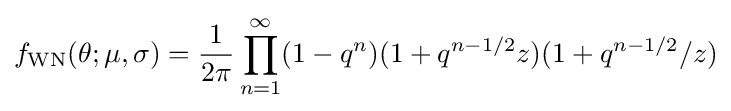
f_{\text{WN}}(\theta ;\mu ,\sigma )={\frac {1}{2\pi }}\prod _{n=1}^{\infty }(1-q^{n})(1+q^{n-1/2}z)(1+q^{n-1/2}/z)